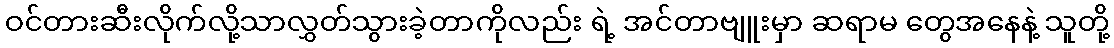
ဝင်တားဆီးလိုက်လို့သာလွှတ်သွားခဲ့တာကိုလည်း ရဲ့ အင်တာဗျူးမှာ ဆရာမ တွေအနေနဲ့ သူတို့